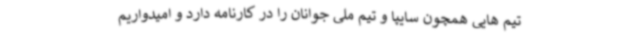
تیم هایی همچون سایپا و تیم ملی جوانان را در کارنامه دارد و امیدواریم